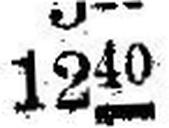
1240